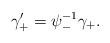
LaTeX: \begin{align*}\gamma_+' = \psi_-^{-1} \gamma_+. \end{align*}